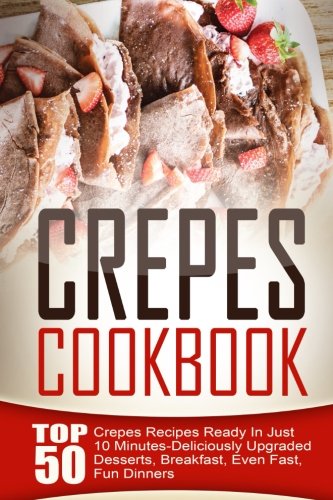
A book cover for Crepes Cookbook: Top 50 Crepes Recipes Ready In Just 10 Minutes-Deliciously Upgraded Desserts, Breakfast, Even Fast, Fun Dinners; Amelia Sanders; Cookbooks, Food & Wine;